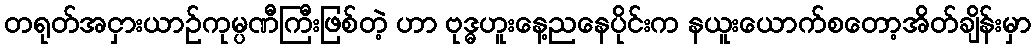
တရုတ်အငှားယာဉ်ကုမ္ပဏီကြီးဖြစ်တဲ့ ဟာ ဗုဒ္ဓဟူးနေ့ညနေပိုင်းက နယူးယောက်စတော့အိတ်ချိန်းမှာ